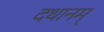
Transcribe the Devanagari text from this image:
दधानम्‌